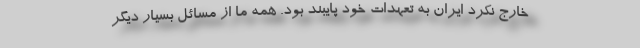
خارج نکرد ایران به تعهدات خود پایبند بود. همه ما از مسائل بسیار دیگر